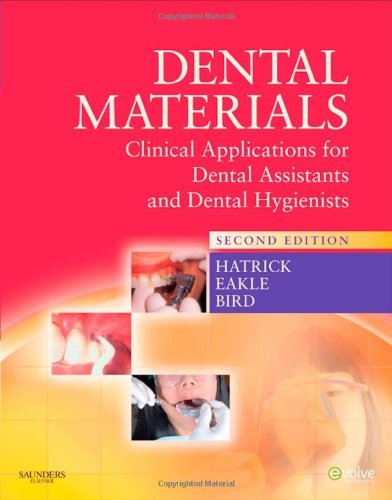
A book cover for By Carol Dixon Hatrick - Dental Materials: Clinical Applications for Dental Assistants and Dental Hygienists: 2nd (second) Edition; W. Stephen Eakle, William F. Bird Carol Dixon Hatrick; Medical Books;